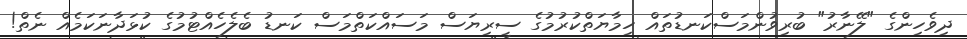
ދިވެހިންގެ "ލޭނާރު" ބުރިވުންމަސްކަނޑުތައް ހިމާޔަތްކުރުމުގެ ސީރިޔަސް މަސައްކަތްމަސް ކަނޑު ބެލެހެއްޓުމުގެ ކުޅަދާނަކަމެއް ނެތް!